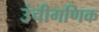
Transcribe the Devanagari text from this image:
उंचीगणिक